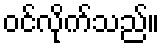
ဝင်လိုက်သည်။